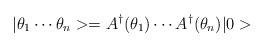
LaTeX: \begin{align*}|\theta_1\cdots\theta_n>=A^{\dagger}(\theta_1)\cdots A^{\dagger}(\theta_n)|0>\end{align*}